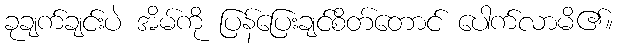
ခုချက်ချင်းပဲ အိမ်ကို ပြန်ပြေးချင်စိတ်တောင် ပေါက်လာမိ၏။